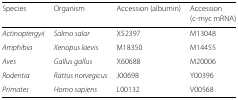
| Species | Organism | Accession (albumin) | Accession |
 |  |  |  | (c-myc mRNA) |
 | --- | --- | --- | --- |
 | Actinoptergyii | Salmo salar | X52397 | M13048 |
 | Amphibia | Xenopus laevis | M18350 | M14455 |
 | Aves | Gallus gallus | X60688 | M20006 |
 | Rodentia | Rattus norvegicus | J00698 | Y00396 |
 | Primates | Homo sapiens | L00132 | V00568 |